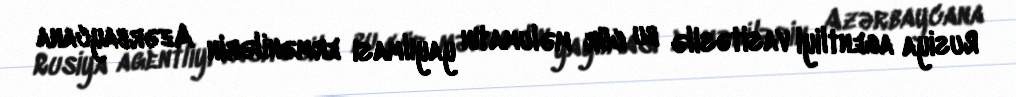
Rusiya agentliyi vasitəsilə bu cür məlumatın yayılması ermənilərin Azərbaycana